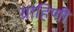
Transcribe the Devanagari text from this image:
ग्राहिणी